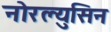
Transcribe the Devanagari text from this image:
नोरल्युसिन